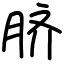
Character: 脐